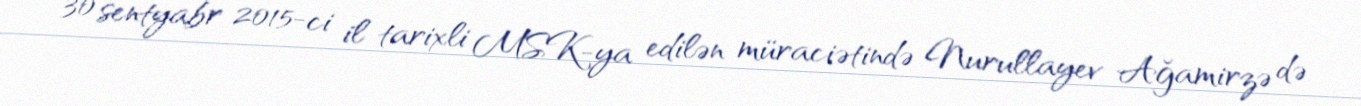
30 sentyabr 2015-ci il tarixli MSK-ya edilən müraciətində Nurullayev Ağamirzə də